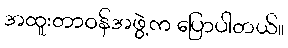
အထူးတာဝန်အဖွဲ့က ပြောပါတယ်။